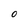
Character: O